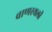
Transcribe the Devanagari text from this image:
वाणस्थली